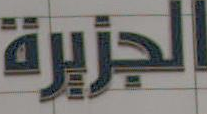
الجزيرة